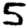
Digit: 5